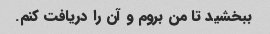
ببخشید تا من بروم و آن را دریافت کنم.